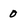
Character: 0